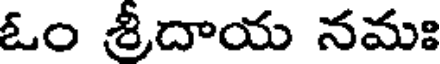
ఓం శ్రీదాయ నమః